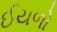
ઈયળો